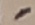
Text: -